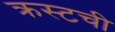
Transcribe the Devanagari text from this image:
क्रस्टची